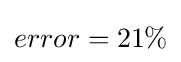
error=21\%